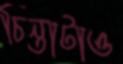
চিন্তাটাও